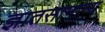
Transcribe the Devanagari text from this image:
ज्ञातसामान्य